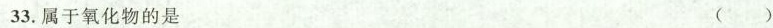
33.属于氧化物的是 （）